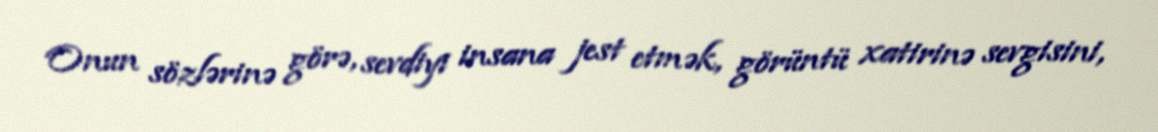
Onun sözlərinə görə, sevdiyi insana jest etmək, görüntü xatirinə sevgisini,